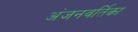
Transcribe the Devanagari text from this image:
अंजनवर्तिका